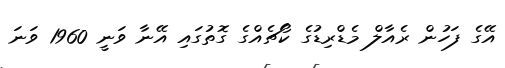
އޭގެ ފަހުން ރެއާލް މެޑްރިޑުގެ ކޯޗެއްގެ ގޮތުގައި އޭނާ ވަނީ 1960 ވަނަ